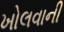
ખોલવાની